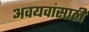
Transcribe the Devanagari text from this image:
अवयवांसाठी